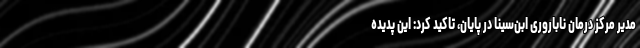
مدیر مرکز درمان ناباروری ابن‌سینا در پایان،‌ تاکید کرد: این پدیده